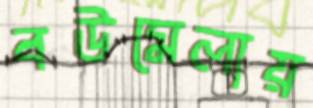
বউমেলায়